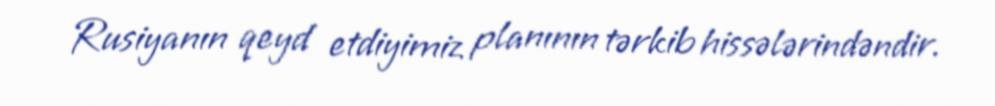
Rusiyanın qeyd etdiyimiz planının tərkib hissələrindəndir.